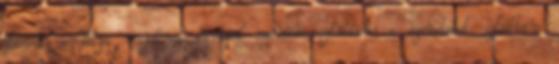
István erdélyi vajdának tartják számon. Láttam a szeretetet. Láttam